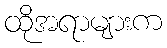
ထိုအရာများက